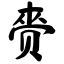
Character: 赍